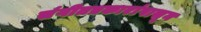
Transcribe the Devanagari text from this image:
संगीतप्रकारांपासून